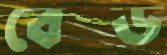
বেস্ড